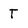
Character: T